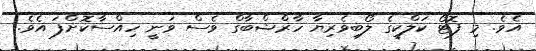
އެވެ. މި ފޮޓޯ ކަލްކީގެ ލޯބިވެރިޔާ ހާރްޝްބާގް ވެސް ވަނީ ހިއްސާކޮށްފަ އެވެ.